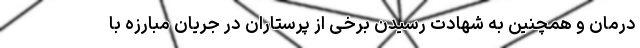
درمان و همچنین به شهادت رسیدن برخی از پرستاران در جریان مبارزه با